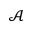
\mathcal { A }